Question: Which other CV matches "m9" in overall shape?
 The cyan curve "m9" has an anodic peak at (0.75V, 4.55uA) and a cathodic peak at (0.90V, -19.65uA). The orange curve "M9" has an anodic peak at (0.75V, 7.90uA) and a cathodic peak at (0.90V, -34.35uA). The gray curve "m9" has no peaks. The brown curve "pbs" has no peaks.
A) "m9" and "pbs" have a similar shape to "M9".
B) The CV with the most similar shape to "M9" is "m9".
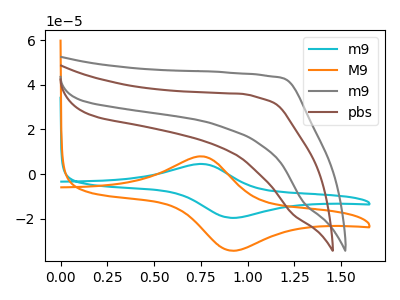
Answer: <think>All the peaks in "m9" have a peak in "M9" at the same potential. Every peak in "m9" is lower than every peak in "M9". "m9" and "m9" have a different number of peaks. "m9" and "pbs" have a different number of peaks. "M9" and "m9" have a different number of peaks. "M9" and "pbs" have a different number of peaks. Neither "m9" or "pbs" have any peaks.
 </think>
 <answer>B) The CV with the most similar shape to "M9" is "m9".</answer>
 <eval>B</eval>